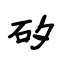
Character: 矽